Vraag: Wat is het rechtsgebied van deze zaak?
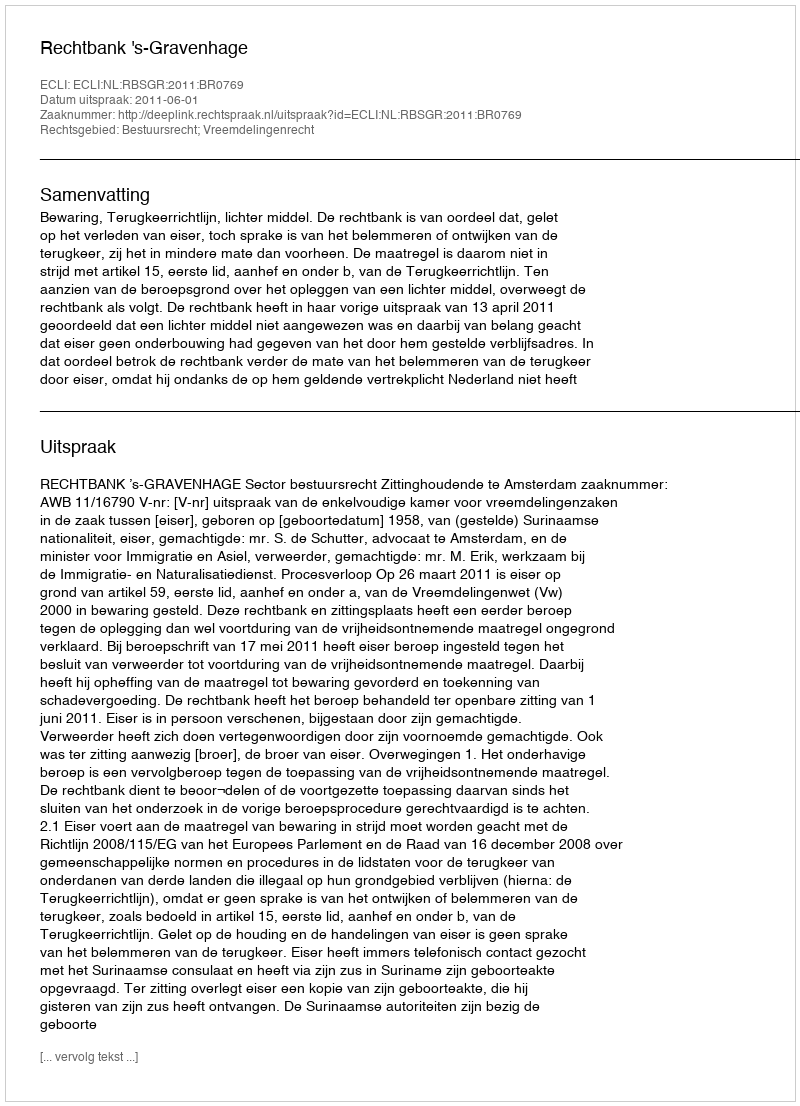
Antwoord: Bestuursrecht; Vreemdelingenrecht